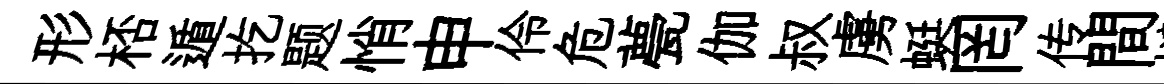
形桮遁扢题悄申伶危甍伽叔虜蜓罔传間撻